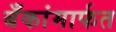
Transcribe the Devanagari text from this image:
बँकांमार्फत